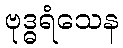
ဗုဒ္ဓရံသေန